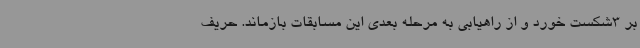
بر 3شکست خورد و از راهیابی به مرحله بعدی این مسابقات بازماند. حریف